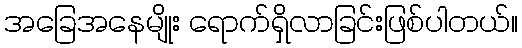
အခြေအနေမျိုး ရောက်ရှိလာခြင်းဖြစ်ပါတယ်။